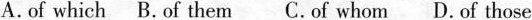
A.of which B.of them C.of whom D. of those